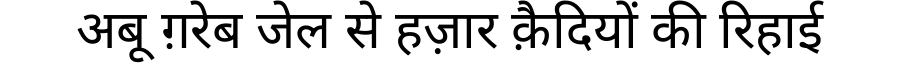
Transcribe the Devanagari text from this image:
अबू ग़रेब जेल से हज़ार क़ैदियों की रिहाई